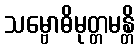
သမ္ဗောဓိမုတ္တမန္တိ